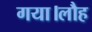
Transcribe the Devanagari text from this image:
गया।लौह